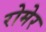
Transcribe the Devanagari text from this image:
रोमेर